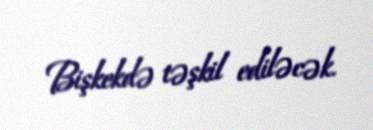
Bişkekdə təşkil ediləcək.